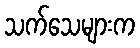
သက်သေများက